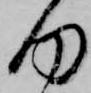
何